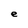
Character: e